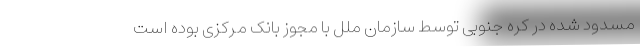
مسدود شده در کره جنوبی توسط سازمان ملل با مجوز بانک مرکزی بوده است